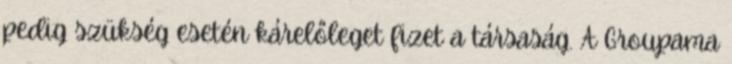
pedig szükség esetén kárelőleget fizet a társaság. A Groupama